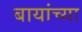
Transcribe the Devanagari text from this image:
बायांच्या